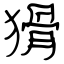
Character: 猾